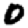
Digit: 0